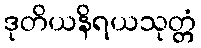
ဒုတိယနိရယသုတ္တံ